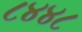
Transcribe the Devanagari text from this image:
८४४८